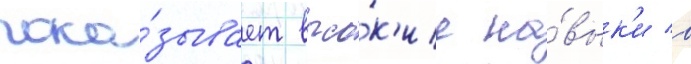
пока́зывает высо́к'ие на́вык'и в